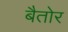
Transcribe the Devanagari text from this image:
बैतोर